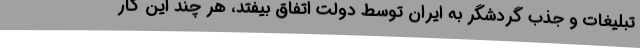
تبلیغات و جذب گردشگر به ایران توسط دولت اتفاق بیفتد، هر چند این کار